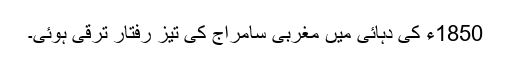
1850ء کی دہائی میں مغربی سامراج کی تیز رفتار ترقی ہوئی۔